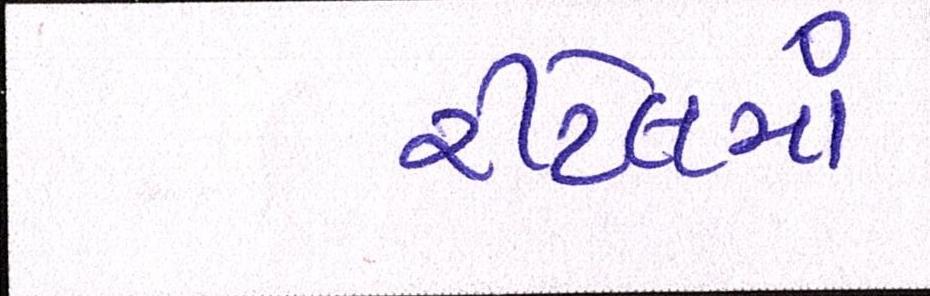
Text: રીટેલમાં